system: You are a helpful assistant.
user:
Analyze the provided spectrum to determine if it is a **S-type Star**.

- **Key Indicators for S-type Star:**

    - **(Overall Spectrum Shape):** The first and most obvious characteristic is the overall continuum (the "baseline" shape). It is **extremely "red-sloping,"** meaning the flux (light intensity) is very low on the left side (blue, ~4000-4500 Å) and rises steeply and continuously toward the right side (red, ~7000 Å+).

    - **(Primary):** The spectrum is defined by the presence of strong, broad molecular absorption "valleys" (bands) from **Zirconium Oxide (ZrO)**. The identification of these bands is the **primary requirement** for classifying a star as S-type.
        - **(Key Bandheads):** You must find distinct, deep "dips" where the light has been absorbed. The most critical band systems to locate are:
            - **~6474 Å** ($\gamma$-system): This is often the strongest and clearest ZrO feature, found in the red part of the spectrum.
            - **~5718 Å** & **~5551 Å** ($\beta$-system): A pair of prominent absorption features in the yellow-orange part of the spectrum.
            - **~4640 Å** ($\alpha$-system): A key absorption band system in the blue-green region of the spectrum.

    - **(Secondary Confirmation):** The classification is strengthened by finding additional absorption bands from other related heavy element oxides, which are expected to be present alongside ZrO.
        - **(Key Bandheads):**
            - **Yttrium Oxide (YO):** Look for absorption dips near **~4800 Å** and **~6100 Å**.
            - **Lanthanum Oxide (LaO):** Additional absorption features, particularly in the red-orange part of the spectrum, are also characteristic.

    - **(Line Profile):** The combination of the steep red continuum and these numerous, deep molecular bands (ZrO, YO, etc.) gives the entire spectrum a very **"chopped-up"** or **"bumpy"** appearance. Instead of a smooth curve, the spectrum looks as though large, wide chunks of light have been "carved out" of it at the specific wavelengths listed above.

Think first, call **spectral_visualization_tool** if needed to examine features in detail, then provide your final answer. Your response must adhere to the following strict rules:
1.  **Overall Structure:** Your response must follow the format `<think>...</think> <tool_call>...</tool_call> (if a tool is used) <answer>...</answer>`.
2.  **Tool Usage Constraint:** You may only make **one** tool call per turn.
3.  **Final Answer Format:** In the `<answer>` tag, your conclusion must be inside a `\boxed{}` command (e.g., `\boxed{YES}` or `\boxed{NO}`), followed by your justification.

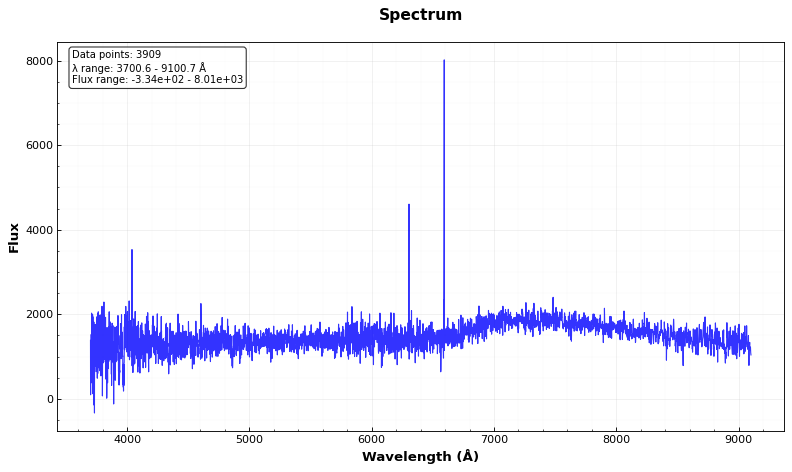
Answer: NO